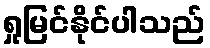
ရှုမြင်နိုင်ပါသည်